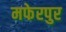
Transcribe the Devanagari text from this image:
मफेरपुर